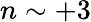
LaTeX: n\sim+3